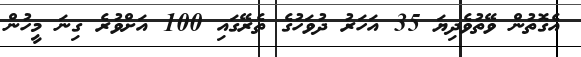
އެގޮތުން ވޭތުވެދިޔަ 35 އަހަރު ދުވަހުގެ ތެރޭގައި 100 އަށްވުރެ ގިނަ މީހުން